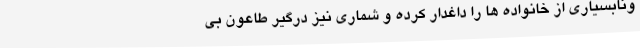
ونابسیاری از خانواده ها را داغدار کرده و شماری نیز درگیر طاعون بی